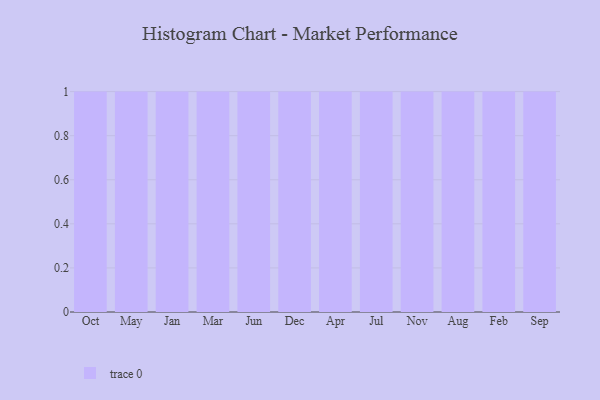
{"axis": {"x": "Month", "y": "Operating Costs (USD K)"}, "legend": [""], "data": [{"x": "Oct", "y": 22, "type": ""}, {"x": "May", "y": 48, "type": ""}, {"x": "Jan", "y": 17, "type": ""}, {"x": "Mar", "y": 98, "type": ""}, {"x": "Jun", "y": 77, "type": ""}, {"x": "Dec", "y": 54, "type": ""}, {"x": "Apr", "y": 26, "type": ""}, {"x": "Jul", "y": 55, "type": ""}, {"x": "Nov", "y": 98, "type": ""}, {"x": "Aug", "y": 91, "type": ""}, {"x": "Feb", "y": 43, "type": ""}, {"x": "Sep", "y": 11, "type": ""}]}